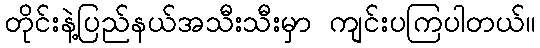
တိုင်းနဲ့ပြည်နယ်အသီးသီးမှာ ကျင်းပကြပါတယ်။